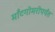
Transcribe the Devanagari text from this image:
माँटगोमरीपर्यंत